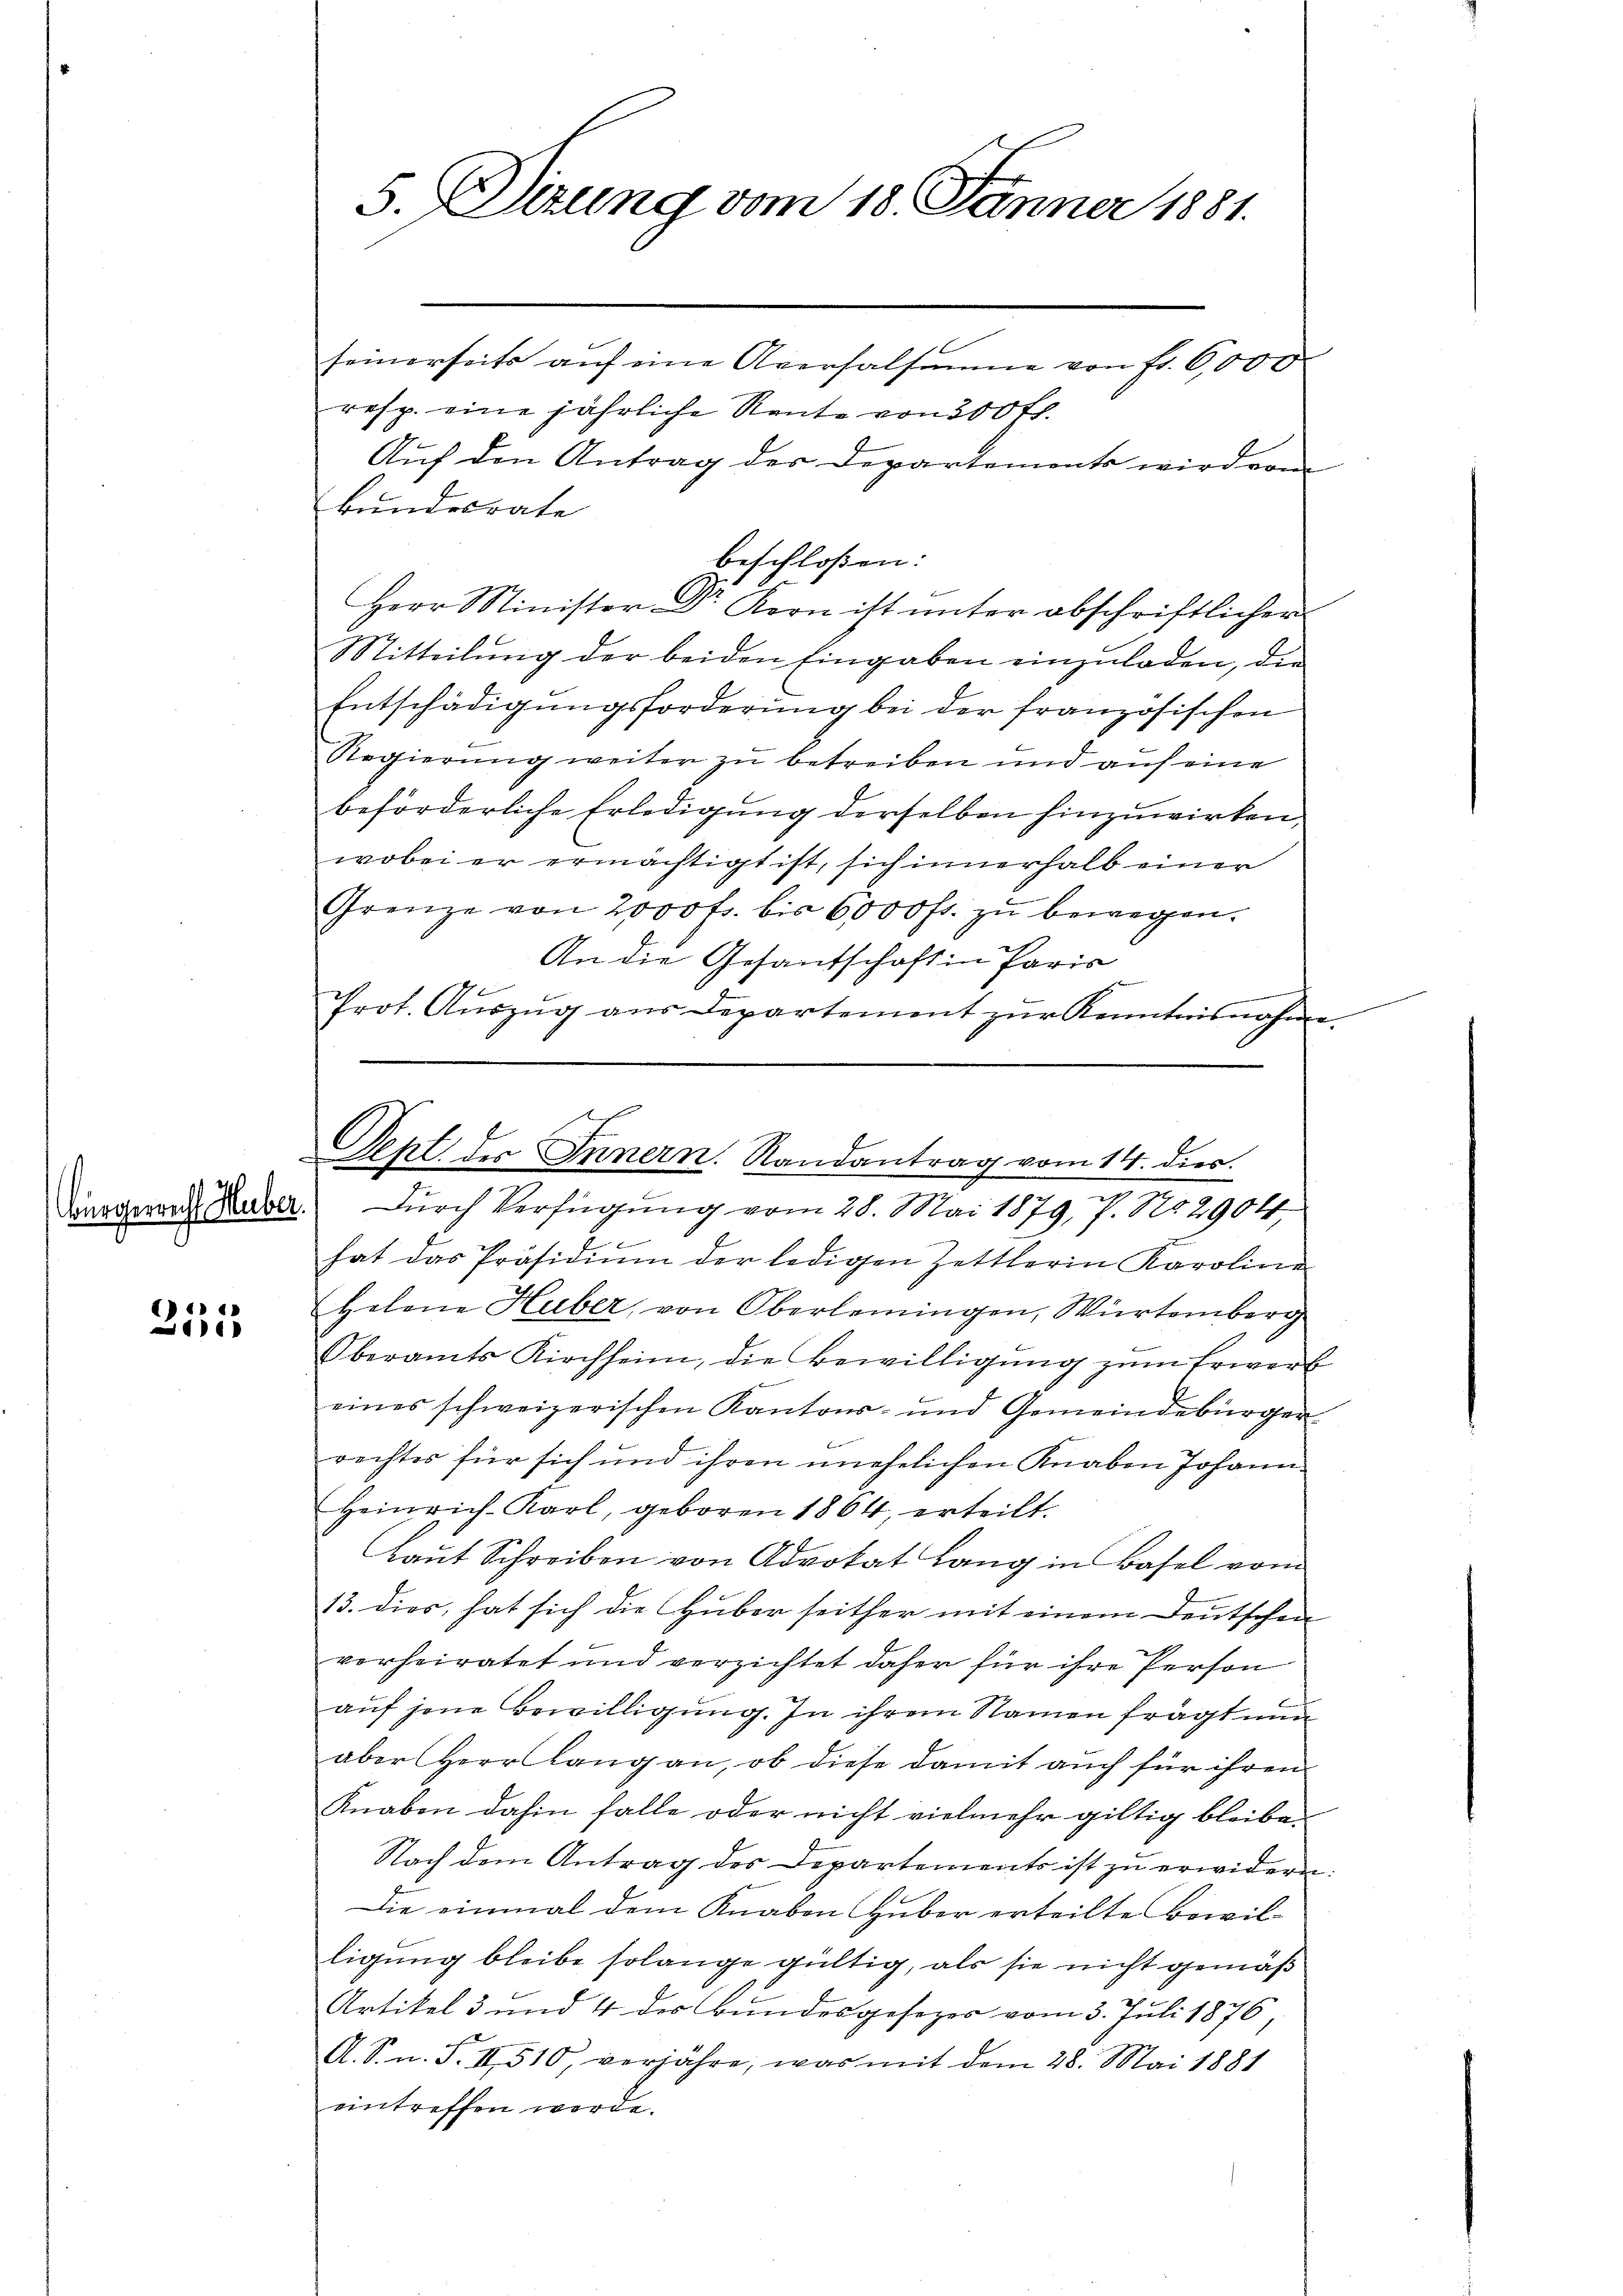
251

5. Sitzung vom 18. Jänner 1881.
seinerseits aŭf eine Aversalsamme von fr. 6000

resp. eine jährliche Rente von 500 Fr.
Auf den Antrag der Departements wird vom
Bundesrate
beschloßen:
Herr Minister Dr Kern ist unter abschriftlichen
Mitteilung der beiden Eingaben einzuladen, die
Entschädigŭngsforderŭng bei der französischen
Regierung weiter zu betreiben und auf eine
beförderliche Erledigung derselben hinzuwirken,
wobei er ermächtigt ist, sich innerhalb einer
Grenze von 2000 fr. bis 6000 fr. zŭ bewegen.
An die Gesantschaft in Paris
Prot. Aŭszŭg aŭs Departement zŭr Kenntnisnahme

Gent des Innern. Randantrag vom 14. dies
inogenant aber durch Verfügung vom 28. Mai 1879, P. No. 2904.

hat das Präsidiŭm der ledigen Zettlerin Karoline
Helene Huber, von Oberlemingen, Würtemberg
Oberamts Kirchheim, die Bewilligŭng zŭm Erwerf
eines schweizerischen Kantons- und Gemeindebürger
rechtes für sich und ihren unehelichen Knaben Johann
Heinrich-Karl, geboren 1864, erteilt.
laŭt Schreiben von Advokat Lang in Basel vom
13. dies, hat sich die Huber seither mit einem Deutschen
vorheiratet und verzichtet daher für ihre Person
auf jene Bewilligung. In ihrem Namen frägt nun
aber Herr Lang an, ob diese damit auch für ihren
Knaben dahin falle oder nicht vielmehr giltig bleibe.
Nach dem Antrag des Departements ist zŭ erwidern:
Die einmal dem Knaben Huber erteilte Bewil-
ligung bleibe solange gültig, als sie nicht gemäß
Artikel 3 und 4 des Bundesgesezer vom 3. Juli 1876
A. S. n. F. II 510, verjähre, was mit dem 28. Mai 1881
eintreffen werde.